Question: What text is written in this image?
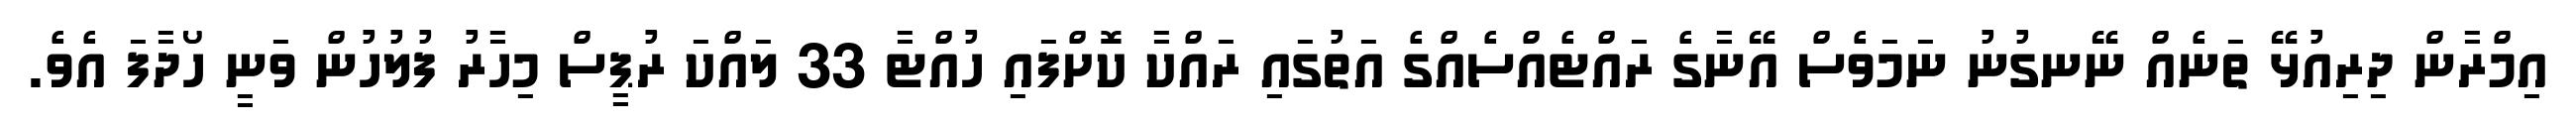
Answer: އިމްރާން ދިރިއުޅޭ ތަނެއް ނޭނގުނު ނަމަވެސް އޭނާގެ ރައްޓެއްސެއްގެ އަތުގައި ރައްކާ ކޮށްފައި ހުއްޓާ 33 ލައްކަ ރުޕީސް މިހާރު ފުލުހުން ވަނީ ހޯދާފަ އެވެ.